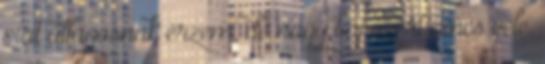
picit átlagosnak érzem, de nagy baj azért nincs vele.